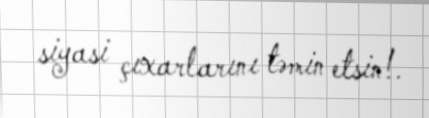
siyasi çıxarlarını təmin etsin!.